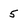
Character: 5